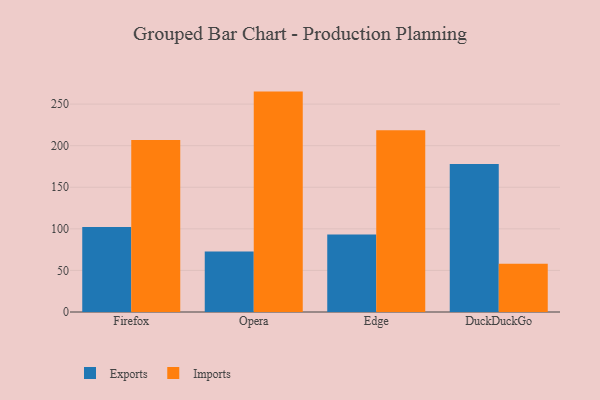
{"axis": {"x": "Browser", "y": "Satisfaction Score"}, "legend": ["Exports", "Imports"], "data": [{"x": "Firefox", "y": 102.3, "type": "Exports"}, {"x": "Firefox", "y": 206.7, "type": "Imports"}, {"x": "Opera", "y": 72.6, "type": "Exports"}, {"x": "Opera", "y": 265.0, "type": "Imports"}, {"x": "Edge", "y": 93.2, "type": "Exports"}, {"x": "Edge", "y": 218.6, "type": "Imports"}, {"x": "DuckDuckGo", "y": 178.0, "type": "Exports"}, {"x": "DuckDuckGo", "y": 58.0, "type": "Imports"}]}